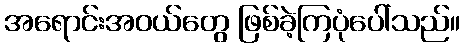
အရောင်းအဝယ်တွေ ဖြစ်ခဲ့ကြပုံပေါ်သည်။